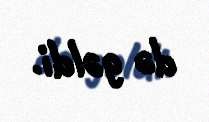
də gəldi.